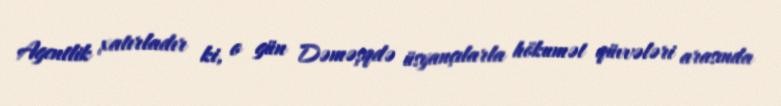
Agentlik xatırladır ki, o gün Dəməşqdə üsyançılarla hökumət qüvvələri arasında